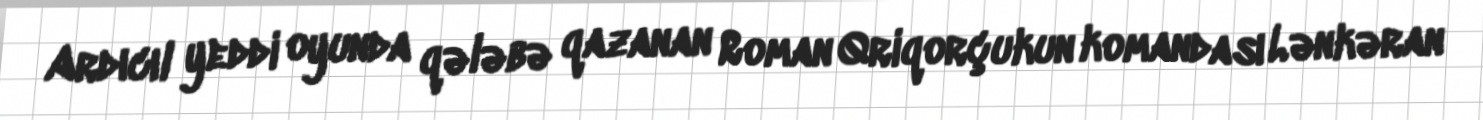
Ardıcıl yeddi oyunda qələbə qazanan Roman Qriqorçukun komandası Lənkəran